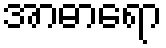
အာဓာရော